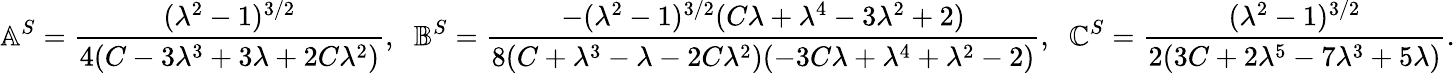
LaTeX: \mathbb{A}^{S}=\frac{(\lambda^{2}-1)^{3/2}}{4(C-3\lambda^{3}+3\lambda+2C\lambda^{2})},\; \; \mathbb{B}^{S}=\frac{-(\lambda^{2}-1)^{3/2}(C\lambda+\lambda^{4}-3\lambda^{2}+2)}{8(C+\lambda^{3}-\lambda-2C\lambda^{2})(-3C\lambda+\lambda^{4}+\lambda^{2}-2)},\; \; \mathbb{C}^{S}=\frac{(\lambda^{2}-1)^{3/2}}{2(3C+2\lambda^{5}-7\lambda^{3}+5\lambda)}.